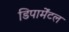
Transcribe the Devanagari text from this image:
डिपार्मेंटल